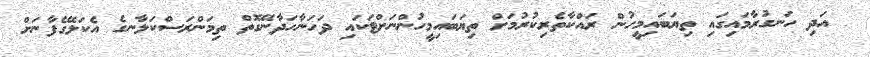
އަދި ހަނގުރާމައިގައި ތިޔަބައިމީހުން ރައްކާތެރިކުރުމަށް ތިޔަބައިމީހުންނަށްޓަކައި ދަހަނާހަދާނޭގޮތް ތިމަންރަސްކަލާނގެ އެކަލޭގެފާނަށް